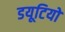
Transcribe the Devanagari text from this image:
डयूटियों